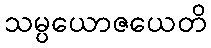
သမ္ပယောဇယေတိ